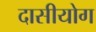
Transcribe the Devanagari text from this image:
दासीयोग